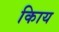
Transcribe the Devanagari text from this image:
किाय